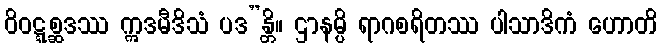
ဝိဝဋ္ဋစ္ဆဒဿ ဣဒမီဒိသံ ပဒ”န္တိ။ ဌာနမ္ပိ ရာဂစရိတဿ ပါသာဒိကံ ဟောတိ